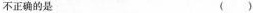
不正确的是 （ )